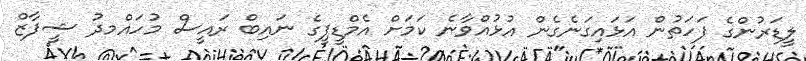
ލީޑަރުންގެ ފަހަތުން އަޅައިގަނެގެން އުޅުއްވާނެ ކަމަށް އެމްޑީޕީގެ ނައިބް ރައީސް މުހައްމދު ޝީފާޒް